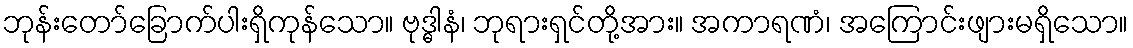
ဘုန်းတော်ခြောက်ပါးရှိကုန်သော။ ဗုဒ္ဓါနံ၊ ဘုရားရှင်တို့အား။ အကာရဏံ၊ အကြောင်းဖျားမရှိသော။